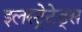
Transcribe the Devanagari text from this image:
इलस्ट्रेटेड्स